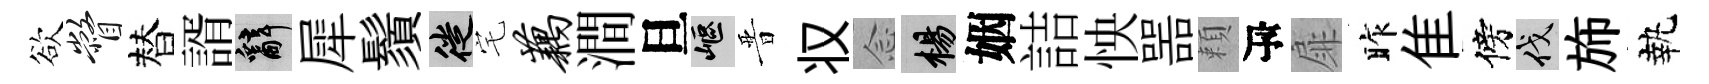
欲瞥替諝辭犀鬚徙宅藕澗旦嶇晋𠬧𫝹楊姻詰怏噐頼瓴扉昨隹傍伐斾執